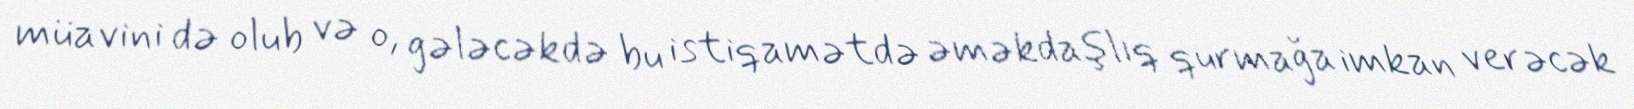
müavini də olub və o, gələcəkdə bu istiqamətdə əməkdaşlıq qurmağa imkan verəcək